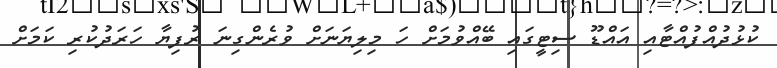
ކުޅުދުއްފުއްޓާއި އައްޑޫ ސިޓީގައި ބޭއްވުމަށް ހަ މިލިޔަނަށް ވުރެންގިނަ ރުފިޔާ ހަރަދުކުރި ކަމަށް